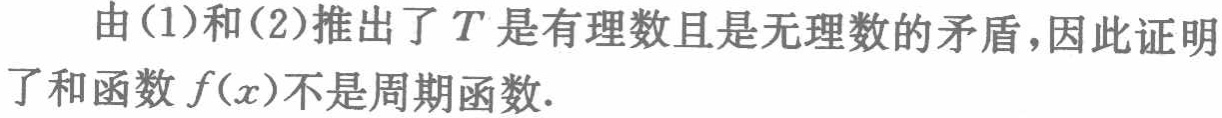
由(1)和(2)推出了\(T\)是有理数且是无理数的矛盾，因此证明了和函数\(f(x)\)不是周期函数.